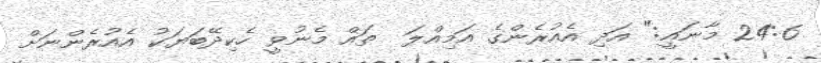
24:6 މާނައީ:" އަދި އެއުރެންގެ އަމިއްލަ  ތައް މެނުވީ ހެކިދޭބަޔަކު އެއުރެންނަށް